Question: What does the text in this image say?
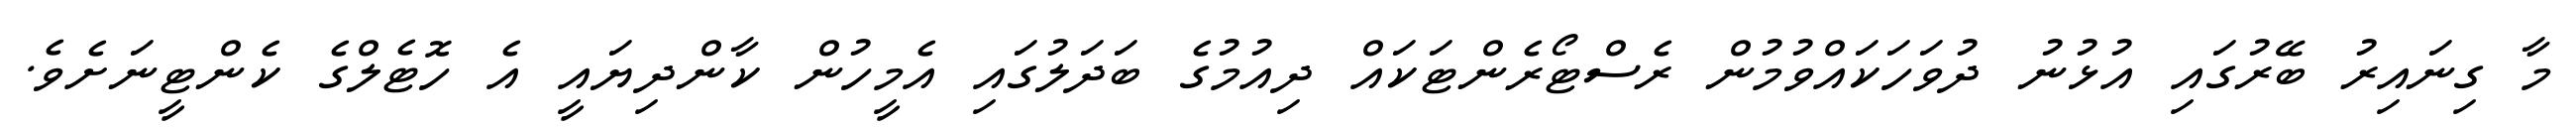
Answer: މާ ގިނައިރު ބޭރުގައި އުޅުނު ދުވަހަކައްވުމުން ރެސްޓޯރެންޓަކައް ދިއުމުގެ ބަދަލުގައި އެމީހުން ކާންދިޔައީ އެ ހޮޓެލްގެ ކެންޓީނަށެވެ.